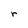
Character: r